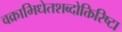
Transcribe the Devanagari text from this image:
वक्राभिधेतशब्दोक्तिरिष्टा